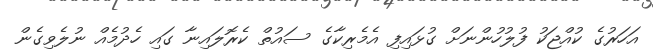
އަހަރުގެ ކުއްޖަކު ފުލުހުންނަށް ގުޅައިފި އެމެރިކާގެ ސައުތް ކެރޮލައިނާ ގައި ހެދުމެއް ނުލެވިގެން